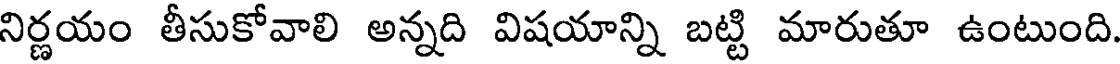
నిర్ణయం తీసుకోవాలి అన్నది విషయాన్ని బట్టి మారుతూ ఉంటుంది.